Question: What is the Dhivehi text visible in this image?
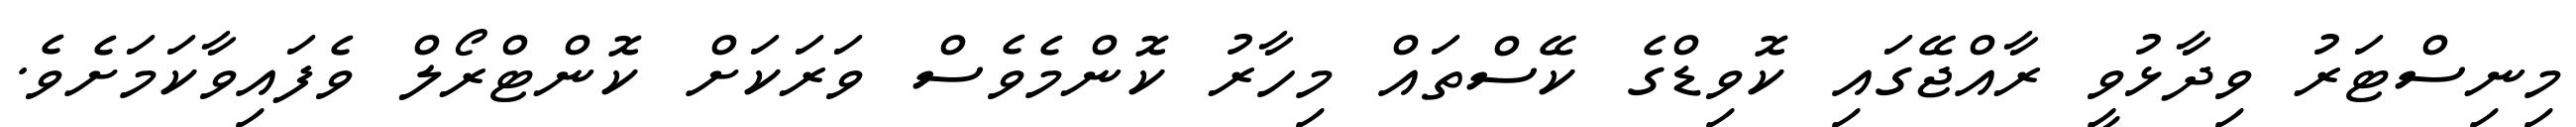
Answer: މިނިސްޓަރު ވިދާޅުވީ ރާއްޖޭގައި ކޮވިޑްގެ ކޭސްތައް މިހާރު ކޮންމެވެސް ވަރަކަށް ކޮންޓްރޯލް ވެފައިވާކަމަށެވެ.